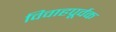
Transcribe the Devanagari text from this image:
विवाहपूर्वक